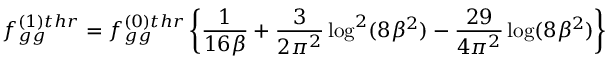
f _ { g g } ^ { ( 1 ) t h r } = f _ { g g } ^ { ( 0 ) t h r } \left\{ \frac { 1 } { 1 6 \beta } + \frac { 3 } { 2 \pi ^ { 2 } } \log ^ { 2 } ( 8 \beta ^ { 2 } ) - \frac { 2 9 } { 4 \pi ^ { 2 } } \log ( 8 \beta ^ { 2 } ) \right\}